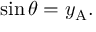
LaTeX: \quad \sin \theta = y _ { \mathrm { A } } .